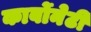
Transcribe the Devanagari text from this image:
कार्बोनेटी